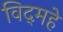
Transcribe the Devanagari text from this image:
विद्‌महे